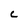
Character: C